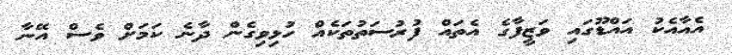
އެއާއެކު އައްޑޫގައި ވަޒީފާގެ އެތައް ފުރުސަތުތަކެއް ހުޅިވިގެން ދާނެ ކަމަށް ވެސް އޭނާ